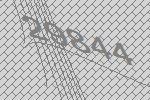
29844